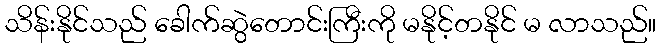
သိန်းနိုင်သည် ခေါက်ဆွဲတောင်းကြီးကို မနိုင့်တနိုင် မ လာသည်။